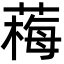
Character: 䔦